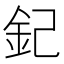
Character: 𨥈